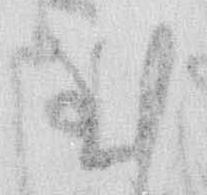
至